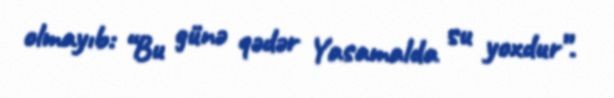
olmayıb: “Bu günə qədər Yasamalda su yoxdur”.